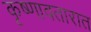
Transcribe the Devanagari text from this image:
कृष्णावतारात